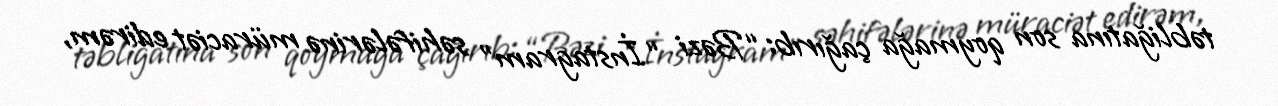
təbliğatına son qoymağa çağırıb: “Bəzi “İnstagram” səhifələrinə müraciət edirəm,